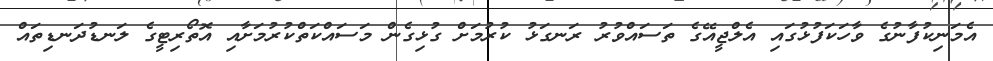
އެމަނިކުފާނުގެ ވާހަކަފުޅުގައި އެލްޖީއޭގެ ތަސައްވުރު ރަނގަޅު ކުރުމަށް ގުޅިގެން މަސައްކަތްކުރުމަށާއި އޮތޯރިޓީގެ ލަނޑުދަނޑިތައް